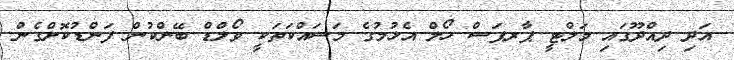
އަދި ދިއްދޫގައި މަލްޓީ ޕާރޕަސް ހޯލް އެޅުމުގެ މަސައްކަތަކީ ވޯލްޑް ބޭންކުން ފަންޑުކޮށްގެން